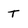
Character: T